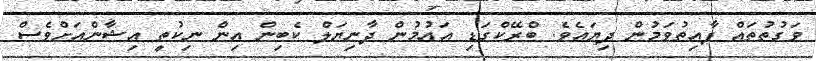
ވަގުތުތައް ފާއިތުވަމުން ދިޔައެވެ. ބްރޭކްގަޑި އައުމުން ދާނިޔަލް ކެބިން އިން ނިކުތީ އިޝާންއަށްވެސް